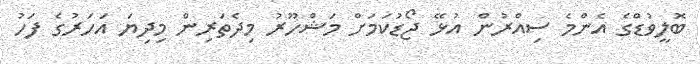
ބޮލީވުޑްގެ އެންމެ ސިއްރުން އުޅޭ ޖޯޑުކަމަށް މަޝްހޫރު މިދެތަރިން މިދިޔަ އަހަރުގެ ފަހު